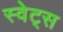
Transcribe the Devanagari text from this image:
स्वेट्स